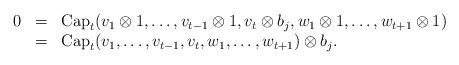
LaTeX: \begin{align*}\begin{array}{ccl}0&=&\mathrm{Cap}_t(v_1\otimes 1,\dots,v_{t-1}\otimes 1,v_t\otimes b_j,w_1\otimes 1,\dots,w_{t+1}\otimes 1)\\ &=&\mathrm{Cap}_t(v_1,\dots,v_{t-1},v_t,w_1,\dots,w_{t+1})\otimes b_j.\end{array}\end{align*}